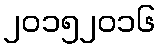
၂၀၁၅၂၀၁၆